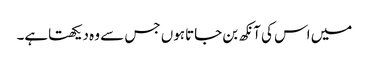
میں اس کی آنکھ بن جاتاہوں جس سے وہ دیکھتاہے۔